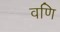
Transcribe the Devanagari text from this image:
वणि